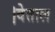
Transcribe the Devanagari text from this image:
।वेताल